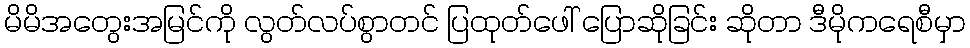
မိမိအတွေးအမြင်ကို လွတ်လပ်စွာတင် ပြထုတ်ဖေါ် ပြောဆိုခြင်း ဆိုတာ ဒီမိုကရေစီမှာ